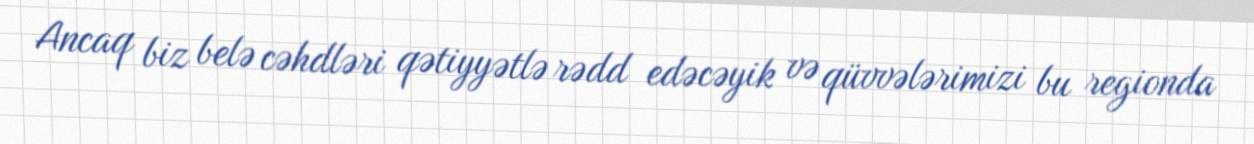
Ancaq biz belə cəhdləri qətiyyətlə rədd edəcəyik və qüvvələrimizi bu regionda